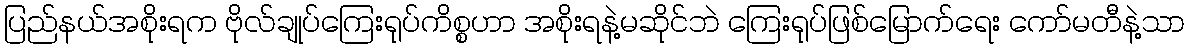
ပြည်နယ်အစိုးရက ဗိုလ်ချုပ်ကြေးရုပ်ကိစ္စဟာ အစိုးရနဲ့မဆိုင်ဘဲ ကြေးရုပ်ဖြစ်မြောက်ရေး ကော်မတီနဲ့သာ